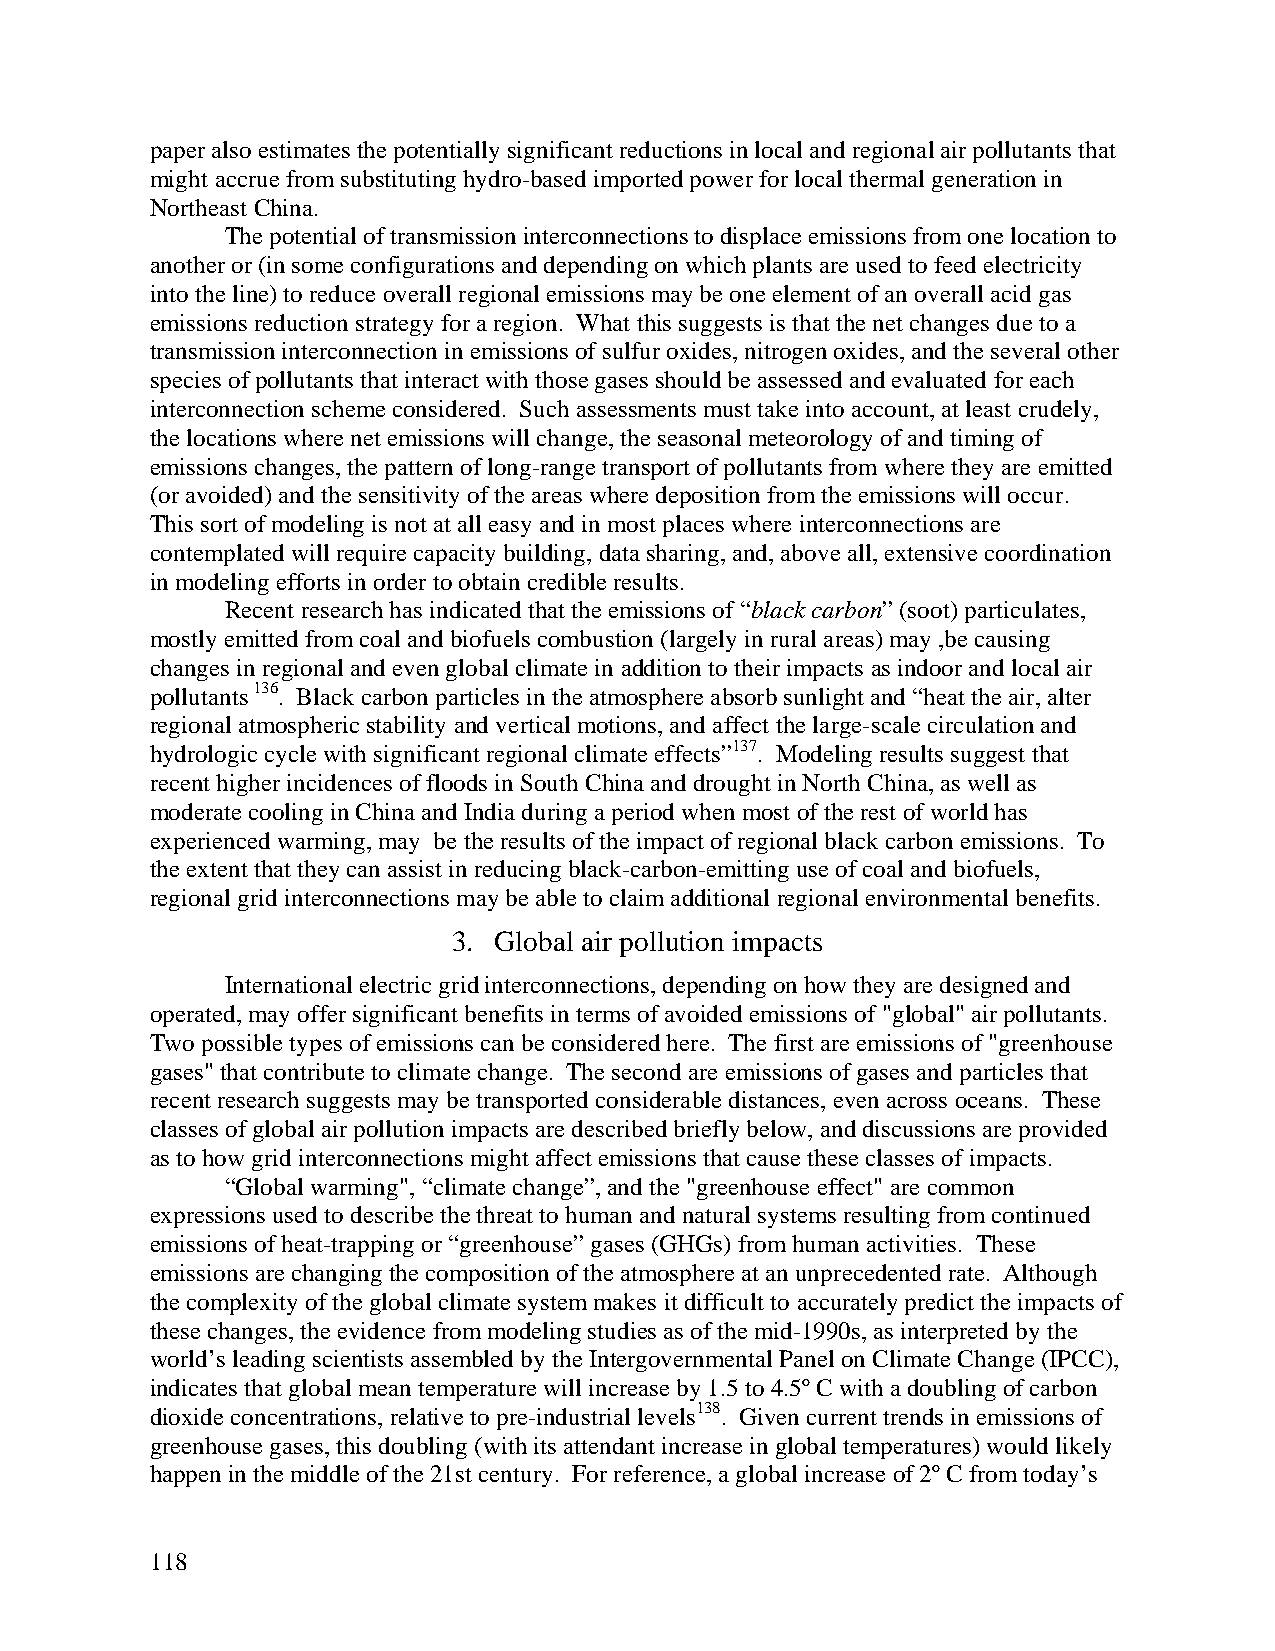
paper also estimates the potentially significant reductions in local and regional air pollutants that
 might accrue from substituting hydro-based imported power for local thermal generation in
 Northeast China.
 The potential of transmission interconnections to displace emissions from one location to
 another or (in some configurations and depending on which plants are used to feed electricity
 into the line) to reduce overall regional emissions may be one element of an overall acid gas
 emissions reduction strategy for a region. What this suggests is that the net changes due to a
 transmission interconnection in emissions of sulfur oxides, nitrogen oxides, and the several other
 species of pollutants that interact with those gases should be assessed and evaluated for each
 interconnection scheme considered. Such assessments must take into account, at least crudely,
 the locations where net emissions will change, the seasonal meteorology of and timing of
 emissions changes, the pattern of long-range transport of pollutants from where they are emitted
 (or avoided) and the sensitivity of the areas where deposition from the emissions will occur.
 This sort of modeling is not at all easy and in most places where interconnections are
 contemplated will require capacity building, data sharing, and, above all, extensive coordination
 in modeling efforts in order to obtain credible results.
 Recent research has indicated that the emissions of “black carbon” (soot) particulates,
 mostly emitted from coal and biofuels combustion (largely in rural areas) may ,be causing
 changes in regional and even global climate in addition to their impacts as indoor and local air
 pollutants 136. Black carbon particles in the atmosphere absorb sunlight and “heat the air, alter
 regional atmospheric stability and vertical motions, and affect the large-scale circulation and
 hydrologic cycle with significant regional climate effects”137. Modeling results suggest that
 recent higher incidences of floods in South China and drought in North China, as well as
 moderate cooling in China and India during a period when most of the rest of world has
 experienced warming, may be the results of the impact of regional black carbon emissions. To
 the extent that they can assist in reducing black-carbon-emitting use of coal and biofuels,
 regional grid interconnections may be able to claim additional regional environmental benefits.
 3. Global air pollution impacts
 International electric grid interconnections, depending on how they are designed and
 operated, may offer significant benefits in terms of avoided emissions of "global" air pollutants.
 Two possible types of emissions can be considered here. The first are emissions of "greenhouse
 gases" that contribute to climate change. The second are emissions of gases and particles that
 recent research suggests may be transported considerable distances, even across oceans. These
 classes of global air pollution impacts are described briefly below, and discussions are provided
 as to how grid interconnections might affect emissions that cause these classes of impacts.
 “Global warming", “climate change”, and the "greenhouse effect" are common
 expressions used to describe the threat to human and natural systems resulting from continued
 emissions of heat-trapping or “greenhouse” gases (GHGs) from human activities. These
 emissions are changing the composition of the atmosphere at an unprecedented rate. Although
 the complexity of the global climate system makes it difficult to accurately predict the impacts of
 these changes, the evidence from modeling studies as of the mid-1990s, as interpreted by the
 world’s leading scientists assembled by the Intergovernmental Panel on Climate Change (IPCC),
 indicates that global mean temperature will increase by 1.5 to 4.5º C with a doubling of carbon
 dioxide concentrations, relative to pre-industrial levels138. Given current trends in emissions of
 greenhouse gases, this doubling (with its attendant increase in global temperatures) would likely
 happen in the middle of the 21st century. For reference, a global increase of 2º C from today’s
 118